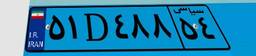
۵۱D۴۸۸۵۴